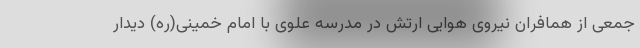
جمعی از همافران نیروی هوایی ارتش در مدرسه علوی با امام خمینی(ره) دیدار